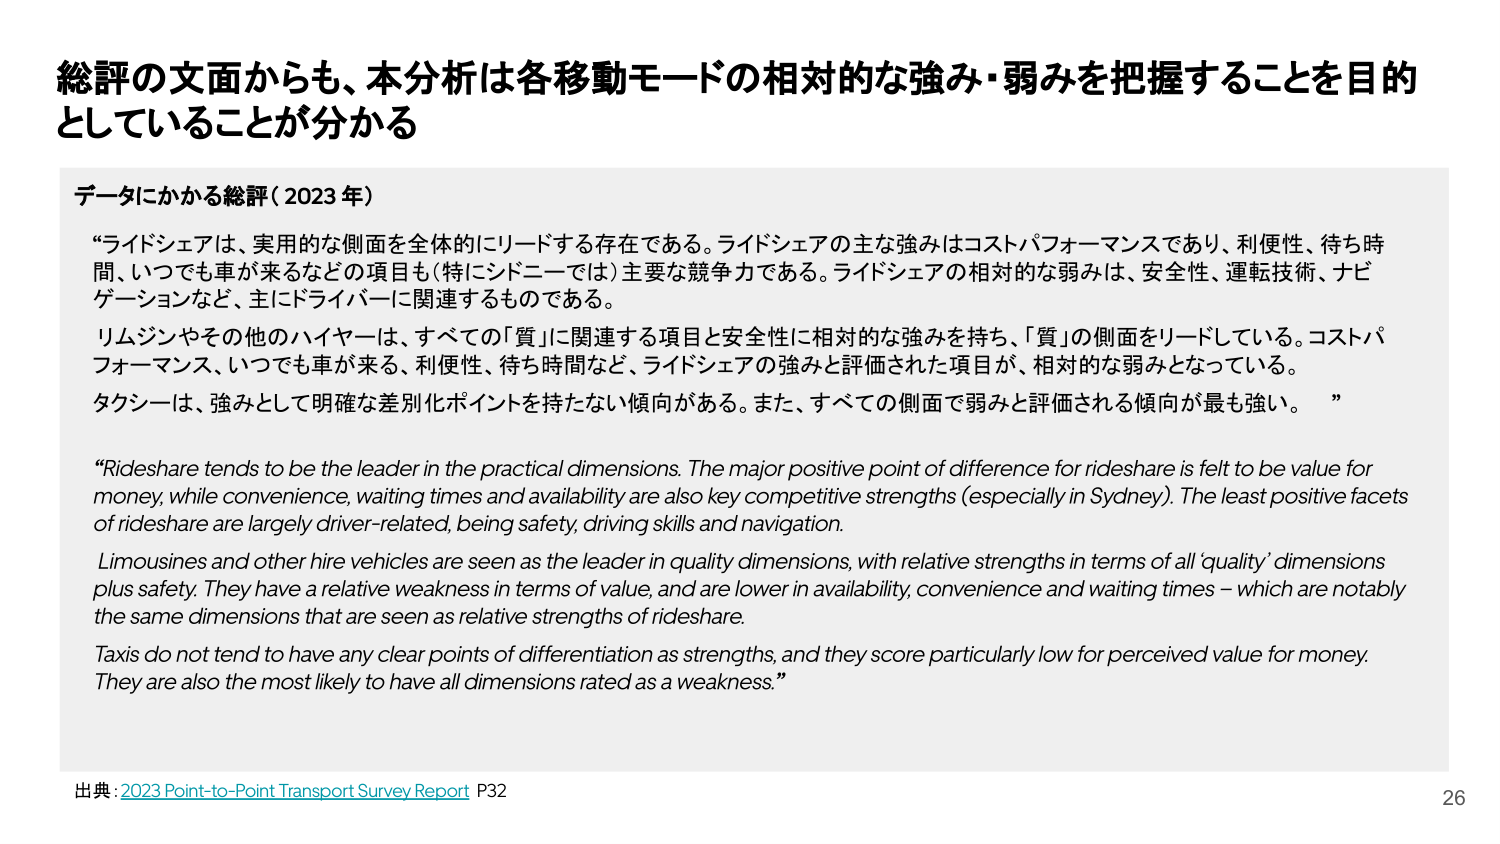
総評の文面からも、本分析は各移動モードの相対的な強み・弱みを把握することを目的としていることが分かる

データにかかる総評（2023 年）

“ライドシェアは、実用的な側面を全体的にリードする存在である。ライドシェアの主な強みはコストパフォーマンスであり、利便性、待ち時間、いつでも車が来るなどの項目も（特にシドニーでは）主要な競争力である。ライドシェアの相対的な弱みは、安全性、運転技術、ナビゲーションなど、主にドライバーに関連するものである。

リムジンやその他のハイヤーは、すべての「質」に関連する項目と安全性に相対的な強みを持ち、「質」の側面をリードしている。コストパフォーマンス、いつでも車が来る、利便性、待ち時間など、ライドシェアの強みと評価された項目が、相対的な弱みとなっている。

タクシーは、強みとして明確な差別化ポイントを持たない傾向がある。また、すべての側面で弱みと評価される傾向が最も強い。”

“Rideshare tends to be the leader in the practical dimensions. The major positive point of difference for rideshare is felt to be value for money, while convenience, waiting times and availability are also key competitive strengths (especially in Sydney). The least positive facets of rideshare are largely driver-related, being safety, driving skills and navigation.

Limousines and other hire vehicles are seen as the leader in quality dimensions, with relative strengths in terms of all ‘quality’ dimensions plus safety. They have a relative weakness in terms of value, and are lower in availability, convenience and waiting times – which are notably the same dimensions that are seen as relative strengths of rideshare.

Taxis do not tend to have any clear points of differentiation as strengths, and they score particularly low for perceived value for money. They are also the most likely to have all dimensions rated as a weakness.”

出典：2023 Point-to-Point Transport Survey Report P32

26